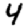
Digit: 4